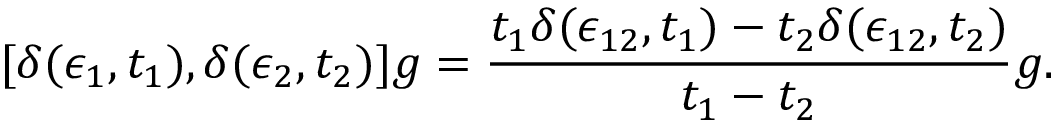
[ \delta ( \epsilon _ { 1 } , t _ { 1 } ) , \delta ( \epsilon _ { 2 } , t _ { 2 } ) ] g = { \frac { t _ { 1 } \delta ( \epsilon _ { 1 2 } , t _ { 1 } ) - t _ { 2 } \delta ( \epsilon _ { 1 2 } , t _ { 2 } ) } { t _ { 1 } - t _ { 2 } } } g .